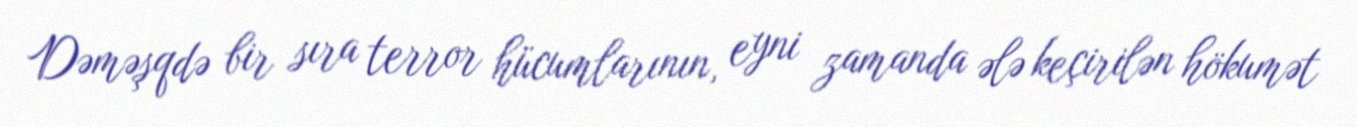
Dəməşqdə bir sıra terror hücumlarının, eyni zamanda ələ keçirilən hökumət